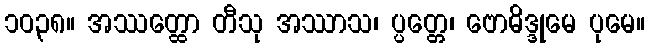
၁၀၃၈။ အဿတ္ထော တီသု အဿာသ၊ ပ္ပတ္တေ၊ ဗောဓိဒ္ဒုမေ ပုမေ။